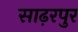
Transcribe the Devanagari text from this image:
साढ़रपुर